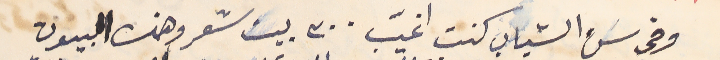
وفي سَن الشباب كنت اغيب ٣٠٠ بيت شعر وهذه البيوت